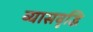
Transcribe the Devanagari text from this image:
व्यासवृद्धि